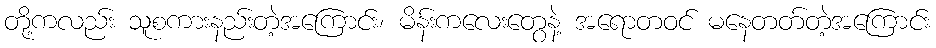
တို့ကလည်း သူစကားနည်းတဲ့အကြောင်း၊ မိန်းကလေးတွေနဲ့ အရောတဝင် မနေတတ်တဲ့အကြောင်း